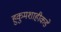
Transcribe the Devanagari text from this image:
हुकुमशाहीकडे